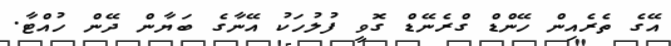
އޭގެ ތެރެއިން ހޭންޑް ގްރެނޭޑް ގޮވީ ފުލުހަކު އޭނާގެ ބަޔާން ދޭން ހުއްޓާ.